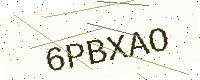
Text: 6PBXAO